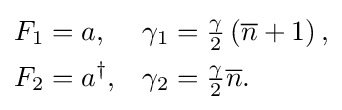
{\begin{aligned}F_{1}&=a,&\gamma _{1}&={\tfrac {\gamma }{2}}\left({\overline {n}}+1\right),\\F_{2}&=a^{\dagger },&\gamma _{2}&={\tfrac {\gamma }{2}}{\overline {n}}.\end{aligned}}